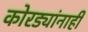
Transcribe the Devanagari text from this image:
कोरड्यांनाही